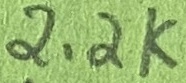
Text: 2.2K